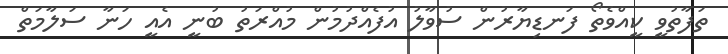
ތަފާތުވީ ކީއްވެތޯ ފަނޑިޔާރުން ސުވާލު އުފެއްދުމުން މުއްރަތު ބުނީ އެއީ ހަނާ ސަލާމަތް